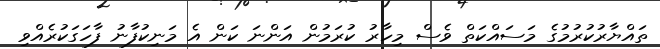
ތައްޔާރުކުރުމުގެ މަސައްކަތް ވެސް މިހާރު ކުރަމުން އަންނަ ކަން އެ މަނިކުފާނު ފާހަގަކުރެއްވި